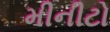
મીનીટો